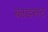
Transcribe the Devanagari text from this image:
ब्लडरूट